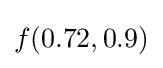
f(0.72,0.9)